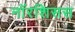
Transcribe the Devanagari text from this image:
नॉरशिसस